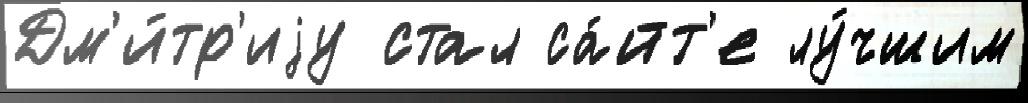
Дм'и́тр'иjу стал са́йт'е лу́чшим